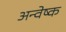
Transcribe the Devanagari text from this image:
अन्वेष्क